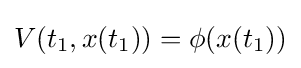
V(t_{1},x(t_{1}))=\phi (x(t_{1}))